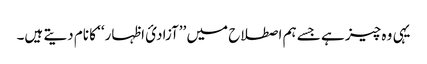
یہی وہ چیز ہے جسے ہم اصطلاح میں ’’آزادئ اظہار‘‘ کا نام دیتے ہیں۔